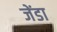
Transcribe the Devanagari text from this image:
जेंडा